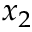
x _ { 2 }